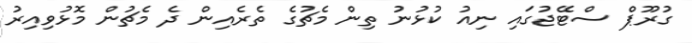
ގުރޫޕް ސްޓޭޖުގައި ނިއު ކުޅުނު ތިން މެޗުގެ ތެރެއިން ދެ މެޗުން މޮޅުވިއިރު